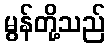
မွန်တို့သည်